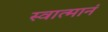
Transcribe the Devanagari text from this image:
स्वात्मानं